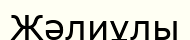
Жәлиұлы